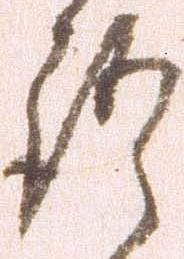
語